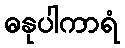
ဓနုပါကာရံ